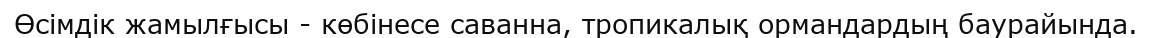
Өсімдік жамылғысы - көбінесе саванна, тропикалық ормандардың баурайында.